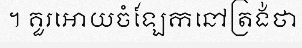
។ គួរអោយចំឡែកនៅត្រង់ថា